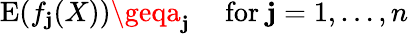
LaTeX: \operatorname{E}(f_{\mathbf{j}}(X))\geqa_{\mathbf{j}}\quad{\mathrm{{~for~}}}\mathbf{j}=1,\ldots,n